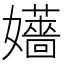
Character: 𡤑